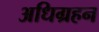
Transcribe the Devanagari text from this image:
अधिग्रहन